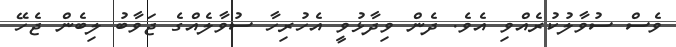
ވެސް ސުވާލުކުރެއްވި އެވެ. ދެން ވިދާޅުވީ އެހުރިހާ ސުވާލެއްގެ ޖަވާބު ލިބެން ޖެހޭ